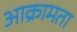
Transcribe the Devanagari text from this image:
आक्रामता